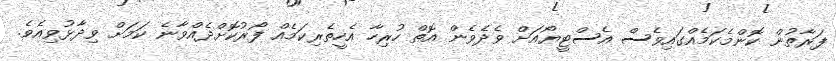
ފަރާތުން ކޮންމެކަމެއްގައިވެސް އެސްޓީޔޯއަށް ވެދެވެން އޮތް ހުރިހާ އެހީތެރިކަމެއް ފޯރުކޮށްދެއްވާނެ ކަމަށް ވިދާޅުވިއެވެ.